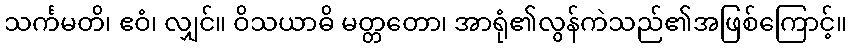
သင်္ကမတိ၊ ဧဝံ၊ လျှင်။ ဝိသယာဓိ မတ္တတော၊ အာရုံ၏လွန်ကဲသည်၏အဖြစ်ကြောင့်။